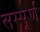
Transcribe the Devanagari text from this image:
सम्पूूूर्ण